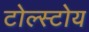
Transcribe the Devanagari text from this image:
टोल्स्टोय